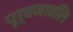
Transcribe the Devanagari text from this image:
पूर्वजावलि